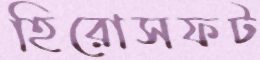
হিরোসফট